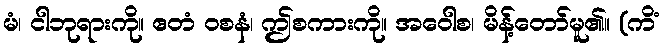
မံ၊ ငါဘုရားကို။ ဧတံ ဝစနံ၊ ဤစကားကို။ အဝေါစ၊ မိန့်တော်မူ၏။ (ကိံ